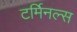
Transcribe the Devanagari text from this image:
टर्मिनल्‍स